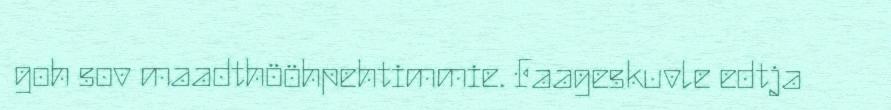
goh sov maadthööhpehtimmie. Faageskuvle edtja